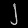
Digit: ၂